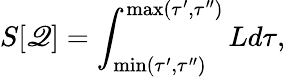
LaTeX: S[\mathscr{Q}]=\int_{\operatorname*{min}(\tau^{\prime},\tau^{\prime\prime})}^{\operatorname*{max}(\tau^{\prime},\tau^{\prime\prime})}Ld\tau,